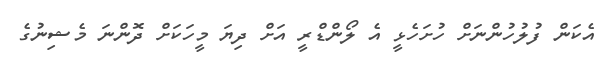
އެކަން ފުލުހުންނަށް ހުށަހެޅީ އެ ލޯންޑްރީ އަށް ދިޔަ މީހަކަށް ދޮންނަ މެޝިނުގެ